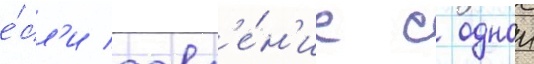
е́сл'и давл'е́н'ие с однои